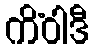
ကိံဝါဒီ